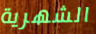
الشهرية